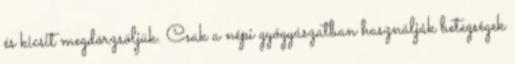
és kicsit megdörzsöljük. Csak a népi gyógyászatban használják betegségek